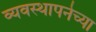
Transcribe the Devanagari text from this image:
व्यवस्थापनेच्या